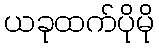
ယခုထက်ပိုမို